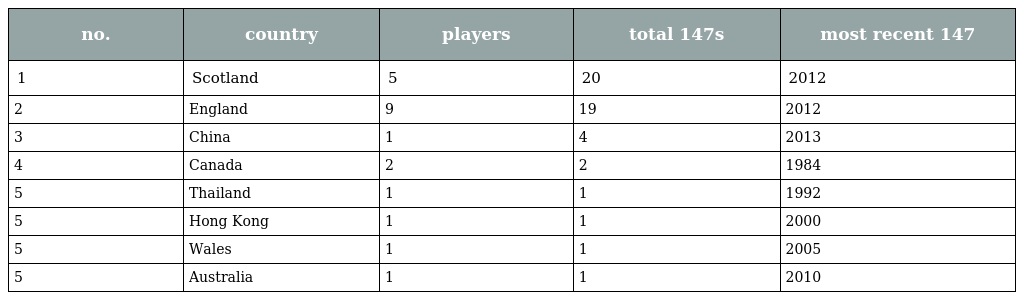
| no. | country | players | total 147s | most recent 147 |
 | --- | --- | --- | --- | --- |
 | 1 | Scotland | 5 | 20 | 2012 |
 | 2 | England | 9 | 19 | 2012 |
 | 3 | China | 1 | 4 | 2013 |
 | 4 | Canada | 2 | 2 | 1984 |
 | 5 | Thailand | 1 | 1 | 1992 |
 | 5 | Hong Kong | 1 | 1 | 2000 |
 | 5 | Wales | 1 | 1 | 2005 |
 | 5 | Australia | 1 | 1 | 2010 |